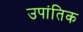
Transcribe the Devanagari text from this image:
उपांतिक